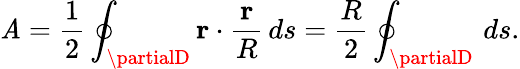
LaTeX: \mathit{A}={\frac{{1}}{{2}}}\oint_{\partialD}\mathbf{{r}}\cdot{\frac{{\mathbf{{r}}}}{{R}}}\, ds={\frac{{R}}{{2}}}\oint_{\partialD}\, ds.